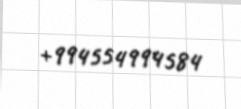
+994554994584